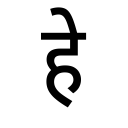
OCR:
हे